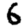
Digit: 6